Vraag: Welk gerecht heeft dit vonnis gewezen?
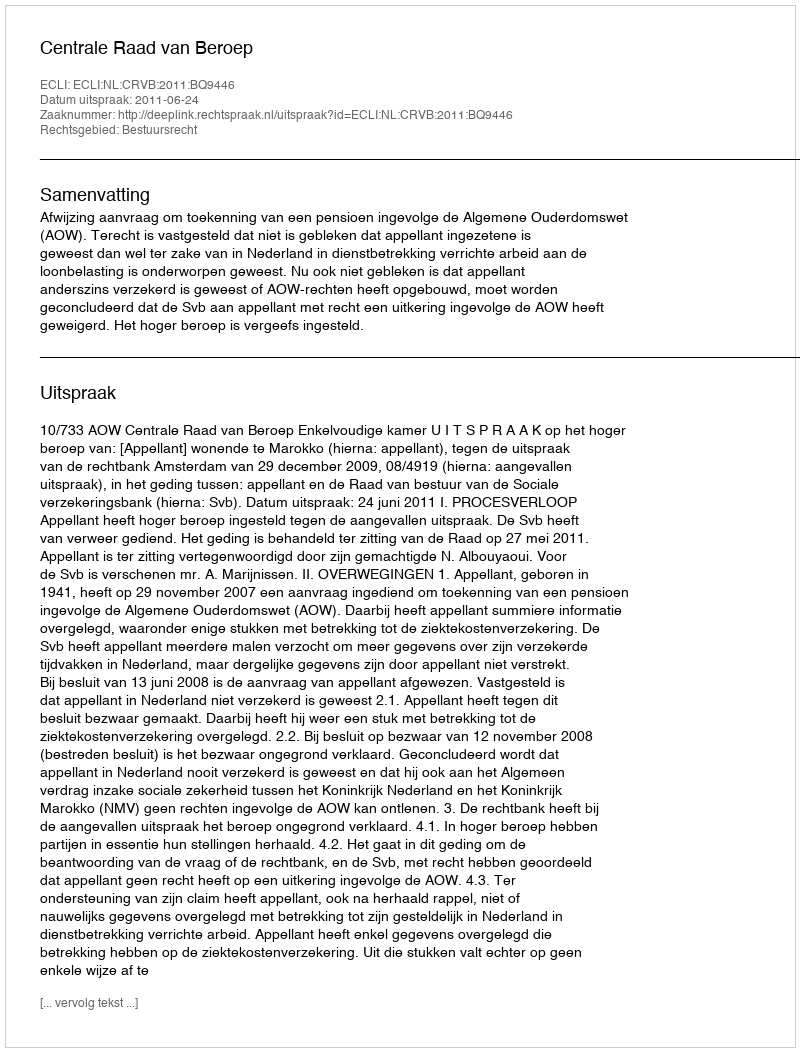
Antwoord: Centrale Raad van Beroep